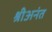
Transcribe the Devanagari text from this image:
श्रीअनंत